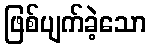
ဖြစ်ပျက်ခဲ့သော